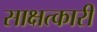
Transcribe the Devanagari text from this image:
साक्षत्कारी